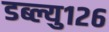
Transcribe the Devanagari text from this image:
डब्ल्यु१२६